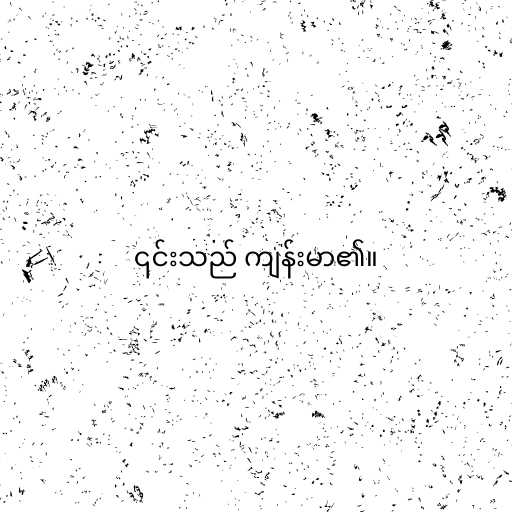
၎င်းသည် ကျန်းမာ၏။